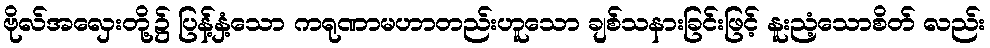
ဗိုလ်အလှေးတို့၌ ပြန့်နှံ့သော ကရုဏာမဟာတည်းဟူသော ချစ်သနားခြင်းဖြင့် နူးညံ့သောစိတ် လည်း